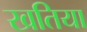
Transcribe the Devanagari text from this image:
खतिया